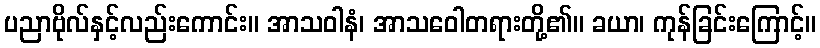
ပညာဗိုလ်နှင့်လည်းကောင်း။ အာသဝါနံ၊ အာသဝေါတရားတို့၏။ ခယာ၊ ကုန်ခြင်းကြောင့်။